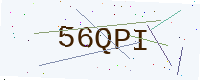
Text: 56QPI